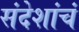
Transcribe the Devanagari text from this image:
संदेशांचं